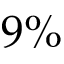
9 \%